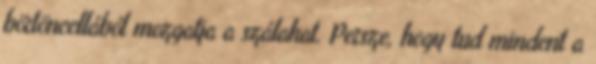
börtöncellából mozgatja a szálakat. Persze, hogy tud mindent a